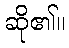
ဆို၏။